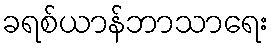
ခရစ်ယာန်ဘာသာရေး